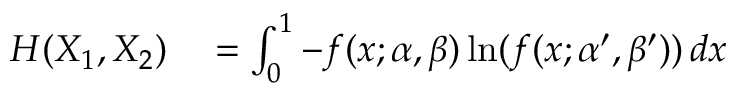
\begin{array} { r l } { H ( X _ { 1 } , X _ { 2 } ) } & { { } = \int _ { 0 } ^ { 1 } - f ( x ; \alpha , \beta ) \ln ( f ( x ; \alpha ^ { \prime } , \beta ^ { \prime } ) ) \, d x } \end{array}